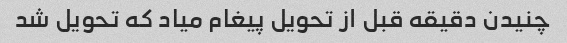
چنیدن دقیقه قبل از تحویل پیغام میاد که تحویل شد